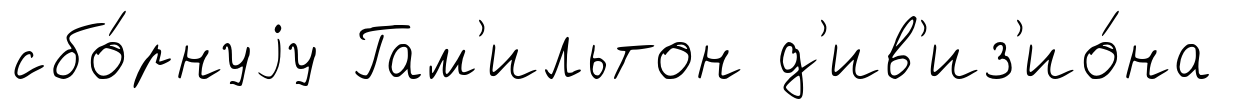
сбо́рнуjу Гам'ильтон д'ив'из'ио́на